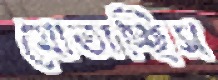
মোতাচ্ছিস